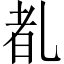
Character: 𪜕